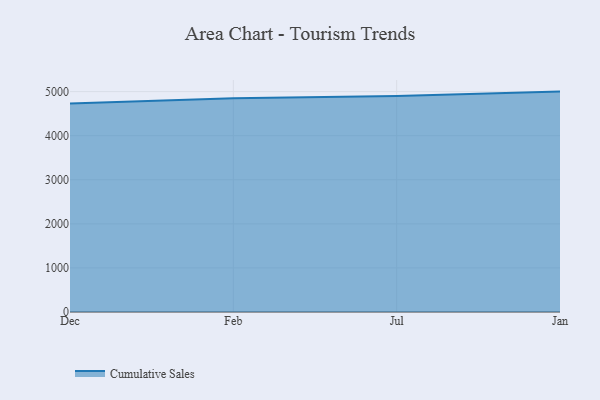
{"axis": {"x": "Month", "y": "Latency (ms)"}, "legend": ["Cumulative Sales"], "data": [{"x": "Dec", "y": 4731.4, "type": "Cumulative Sales"}, {"x": "Feb", "y": 4851.7, "type": "Cumulative Sales"}, {"x": "Jul", "y": 4897.7, "type": "Cumulative Sales"}, {"x": "Jan", "y": 5000, "type": "Cumulative Sales"}]}